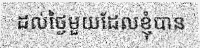
ដល់ថ្ងៃមួយដែលខ្ញុំបាន